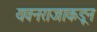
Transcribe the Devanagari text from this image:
यवनराजाकडून